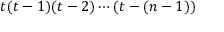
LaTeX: t ( t - 1 ) ( t - 2 ) \cdots ( t - ( n - 1 ) )